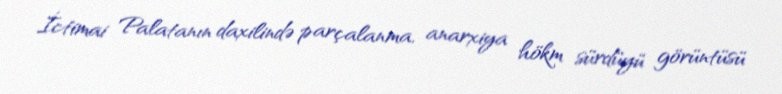
İctimai Palatanın daxilində parçalanma, anarxiya hökm sürdüyü görüntüsü